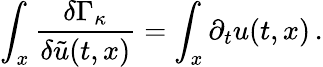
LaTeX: \int_{x}\frac{\delta\Gamma_{\kappa}}{\delta\tilde{u}(t,x)}=\int_{x}\partial_{t}u(t,x)\, .